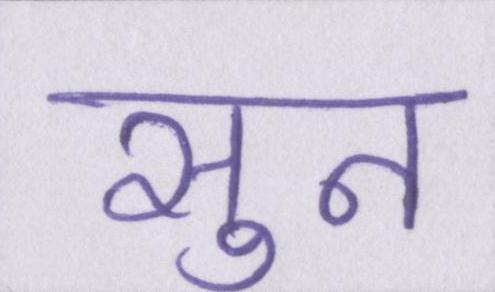
सुन